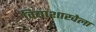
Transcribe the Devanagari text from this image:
विद्याशाखेला